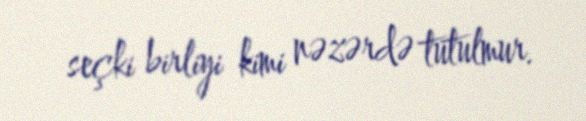
seçki birliyi kimi nəzərdə tutulmur.